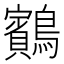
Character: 𪇕